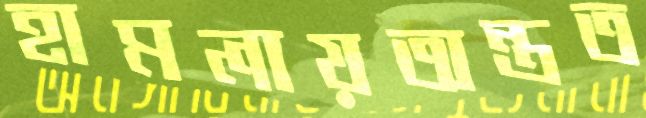
হামলায়অন্তত